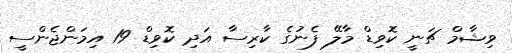
ވިޝާމް ޗަނީ ކޮވިޑް މާލޭ ފެނުގެ ކާރިސާ އަދި ކޮވިޑް 19 އިމަންޖެންސީ